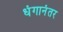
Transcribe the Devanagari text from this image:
धंगानंतर